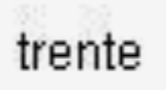
trente